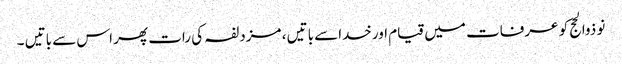
نو ذوالحج کو عرفات میں قیام اورخداسے باتیں ، مزدلفہ کی رات پھر اس سے باتیں ۔